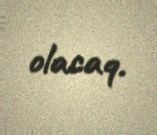
olacaq.